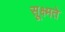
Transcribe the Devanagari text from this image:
सूक्ष्मते